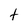
Character: t